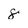
Character: 8